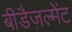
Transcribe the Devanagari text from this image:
बीडैज़ल्मेंट